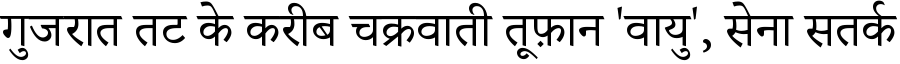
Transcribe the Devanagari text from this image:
गुजरात तट के करीब चक्रवाती तूफ़ान 'वायु', सेना सतर्क